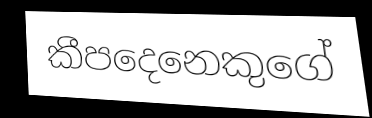
කීපදෙනෙකුගේ